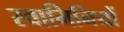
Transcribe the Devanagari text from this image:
स्वामिनियों